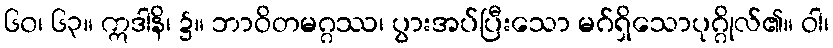
၆၀၊ ၆၃။ ဣဒါနိ၊ ၌။ ဘာဝိတမဂ္ဂဿ၊ ပွားအပ်ပြီးသော မဂ်ရှိသောပုဂ္ဂိုလ်၏။ ဝါ၊